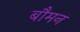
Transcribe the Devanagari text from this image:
बौमन